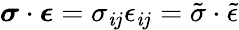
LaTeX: {\boldsymbol{\sigma}}\cdot{\boldsymbol{\epsilon}}=\sigma_{\mathit{i}j}\epsilon_{\mathit{i}j}={\tilde{{\sigma}}}\cdot{\tilde{{\epsilon}}}